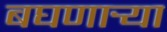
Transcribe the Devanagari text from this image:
बघणार्‍या